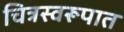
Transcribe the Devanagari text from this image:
चित्रस्वरूपात